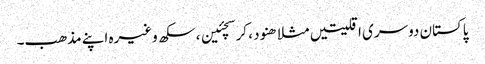
پاکستان دوسری اقلیتیں مثلا ھنود ، کرسچئین ، سکھ وغیرہ اپنے مذھب۔